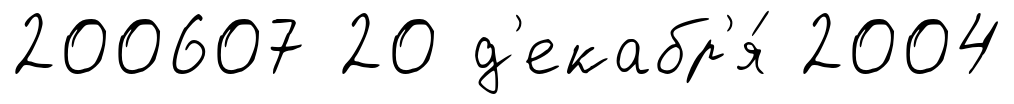
200607 20 д'екабр'я́ 2004